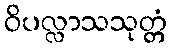
ဝိပလ္လာသသုတ္တံ